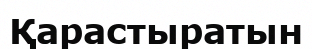
Қарастыратын